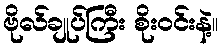
ဗိုလ်ချုပ်ကြီး စိုးဝင်းနဲ့။